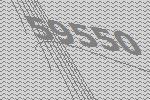
59550